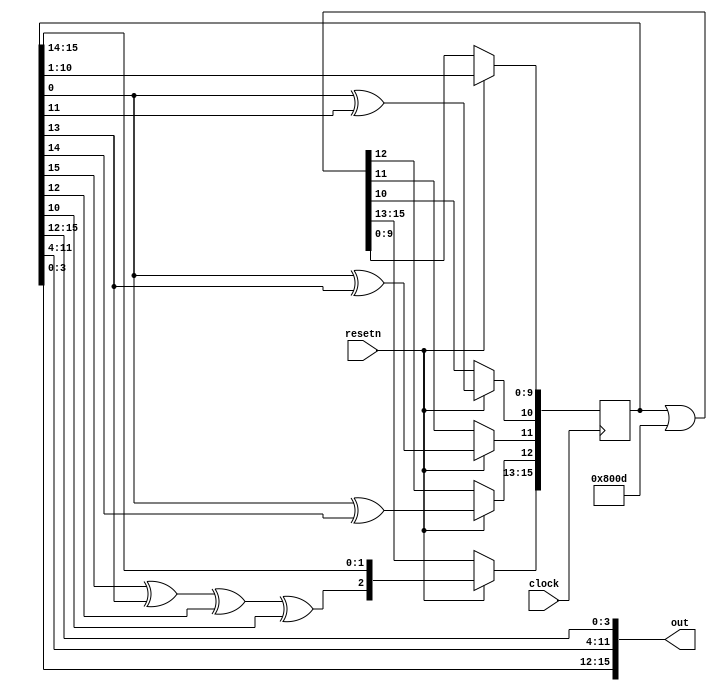
module Random16 (clock, resetn, out);

    input clock;
    input resetn;
    
    reg [15:0] data;
    output [15:0] out;
    assign out = {
        data[3:0],
        data[11:4],
        data[15:12]
    };
    
    wire f1 = data[0] ^ data[11];
    wire f2 = data[0] ^ data[13];
    wire f3 = data[0] ^ data[14];
    wire feedback = (((data[15] ^ data[13]) ^ data[12]) ^ data[10]);
    
    always @(posedge clock) begin
        if(!resetn) begin
            data <= data | 16'b1000000000001101;
        end
        else begin
            data = {feedback, data[15:1]};
            data[10] = f1;
            data[11] = f2;
            data[12] = f3;
        end
    end

endmodule